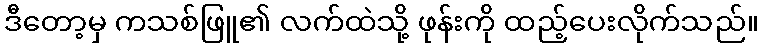
ဒီတော့မှ ကသစ်ဖြူ၏ လက်ထဲသို့ ဖုန်းကို ထည့်ပေးလိုက်သည်။